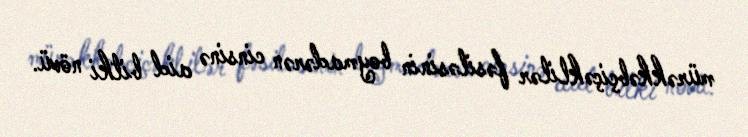
mürəkkəbçiçəklilər fəsiləsinin boymadərən cinsinə aid bitki növü.